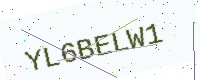
Text: YL6BELW1